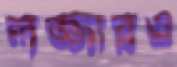
লজ্জারও